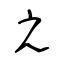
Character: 之